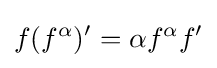
f(f^{\alpha })'=\alpha f^{\alpha }f'